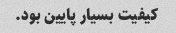
کیفیت بسیار پایین بود.